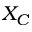
X _ { C }